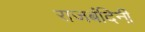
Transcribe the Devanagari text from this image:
राजबंदिनी